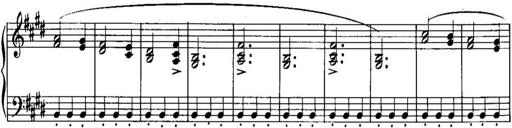
Title: Piano Sonatina No.1, Op.146
Composer: Stephen Heller